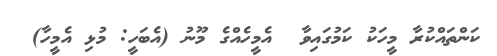
ކަންތައްކުރާ މީހަކު ކަމުގައިވާ  އެމީހެއްގެ މޫނު (އެބަހީ: މުޅި އެމީހާ)